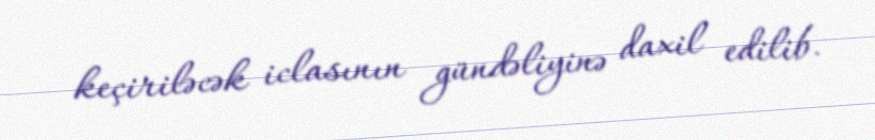
keçiriləcək iclasının gündəliyinə daxil edilib.